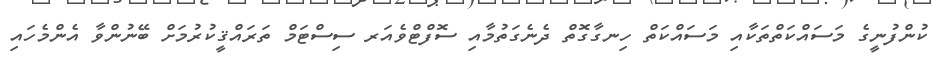
ކުންފުނީގެ މަސައްކަތްތަކާއި މަސައްކަތް ހިނގާގޮތް ދެނެގަތުމާއި ސޮފްޓްވެއަރ ސިސްޓަމް ތަރައްޤީކުރުމަށް ބޭނުންވާ އެންމެހައި